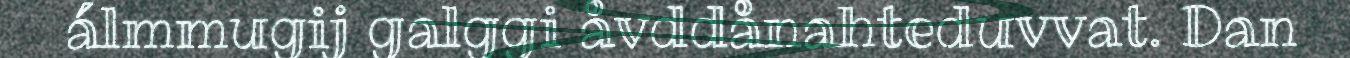
álmmugij galggi åvddånahteduvvat. Dan